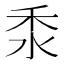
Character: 𥝸